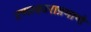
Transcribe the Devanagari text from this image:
टणत्काराप्रमाणे